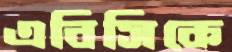
এবিসিকে